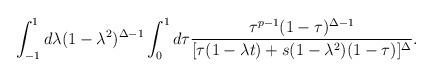
LaTeX: \begin{align*}\int_{-1}^{1}d\lambda (1-\lambda^{2})^{\Delta-1}\int_{0}^{1}d\tau\frac{\tau^{p-1}(1-\tau)^{\Delta-1}}{[\tau(1-\lambda t)+s(1-\lambda^2)(1-\tau)]^{\Delta}}.\end{align*}